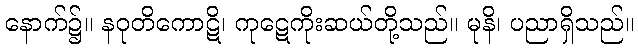
နောက်၌။ နဝုတိကောဋိ၊ ကုဋေကိုးဆယ်တို့သည်။ မုနိ၊ ပညာရှိသည်။